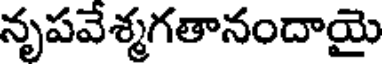
నృపవేశ్మగతానందాయై